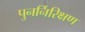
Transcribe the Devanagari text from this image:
पुनर्निरिक्षण